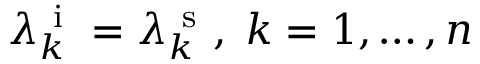
\lambda _ { k } ^ { \mathrm { ~ i ~ } } = \lambda _ { k } ^ { \mathrm { ~ s ~ } } , \; k = 1 , \ldots , n